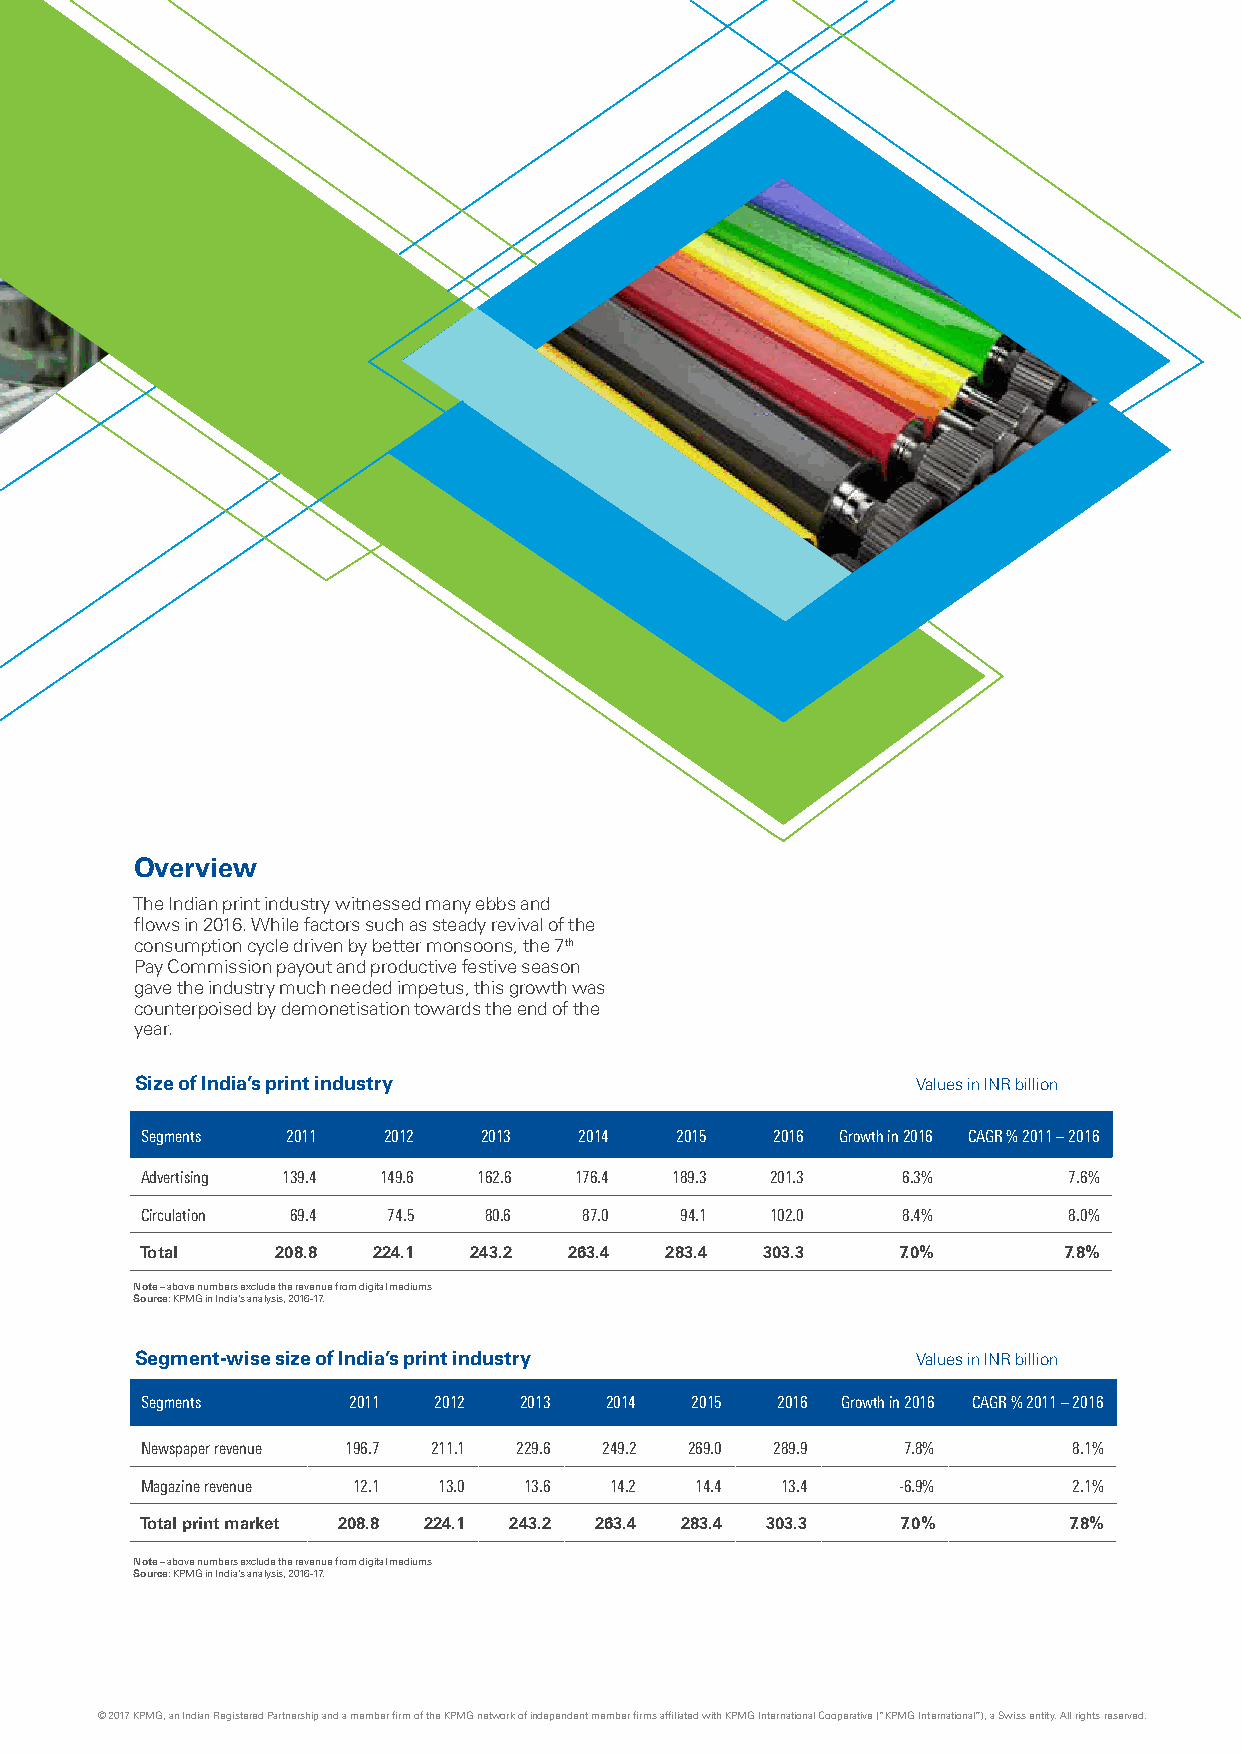
Overview
 The Indian print industry witnessed many ebbs and
 flows in 2016. While factors such as steady revival of the
 consumption cycle driven by better monsoons, the 7th
 Pay Commission payout and productive festive season
 gave the industry much needed impetus, this growth was
 counterpoised by demonetisation towards the end of the
 year.
 Size of India’s print industry                      Values in INR billion
 Segments  2011  2012   2013  2014   2015  2016 Growth in 2016 CAGR % 2011 – 2016
 Advertising 139.4 149.6 162.6 176.4 189.3 201.3    6.3%       7.6%
 Circulation 69.4 74.5  80.6   87.0  94.1  102.0    8.4%       8.0%
 Total    208.8  224.1 243.2  263.4 283.4 303.3    7.0%       7.8%
 Note – above numbers exclude the revenue from digital mediums
 Source: KPMG in India’s analysis, 2016-17.
 Segment-wise size of India’s print industry         Values in INR billion
 Segments      2011  2012 2013  2014  2015 2016 Growth in 2016 CAGR % 2011 – 2016
 Newspaper revenue 196.7 211.1 229.6 249.2 269.0 289.9 7.8%    8.1%
 Magazine revenue 12.1 13.0 13.6 14.2 14.4  13.4    -6.9%      2.1%
 Total print market 208.8 224.1 243.2 263.4 283.4 303.3 7.0%   7.8%
 Note – above numbers exclude the revenue from digital mediums
 Source: KPMG in India’s analysis, 2016-17.
 © 2017 KPMG, an Indian Registered Partnership and a member firm of the KPMG network of independent member firms affiliated with KPMG International Cooperative (“KPMG International”), a Swiss entity. All rights reserved.